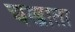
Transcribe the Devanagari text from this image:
चखाता